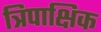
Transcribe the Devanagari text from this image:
त्रिपाक्षिक